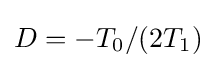
D=-T_{0}/(2T_{1})